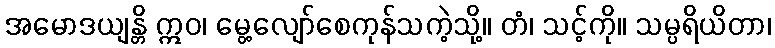
အမောဒယျန္တိ ဣဝ၊ မွေ့လျော်စေကုန်သကဲ့သို့။ တံ၊ သင့်ကို။ သမ္ပရိယိတာ၊